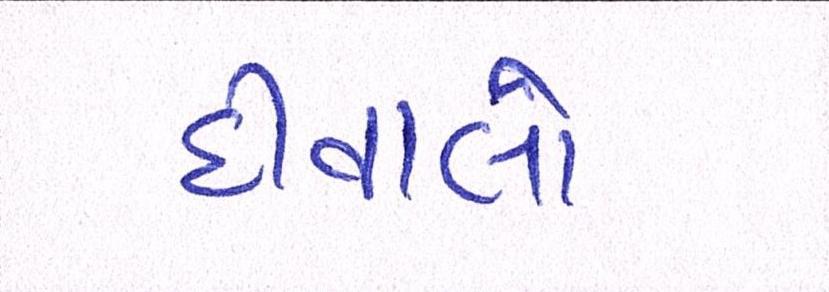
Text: દીવાલો